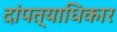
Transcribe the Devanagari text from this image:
दांपत्याधिकार